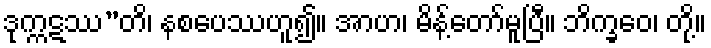
ဒုက္ကဋဿ”တိ၊ နစပေဿဟူ၍။ အာဟ၊ မိန့်တော်မူပြီ။ ဘိက္ခဝေ၊ တို့။